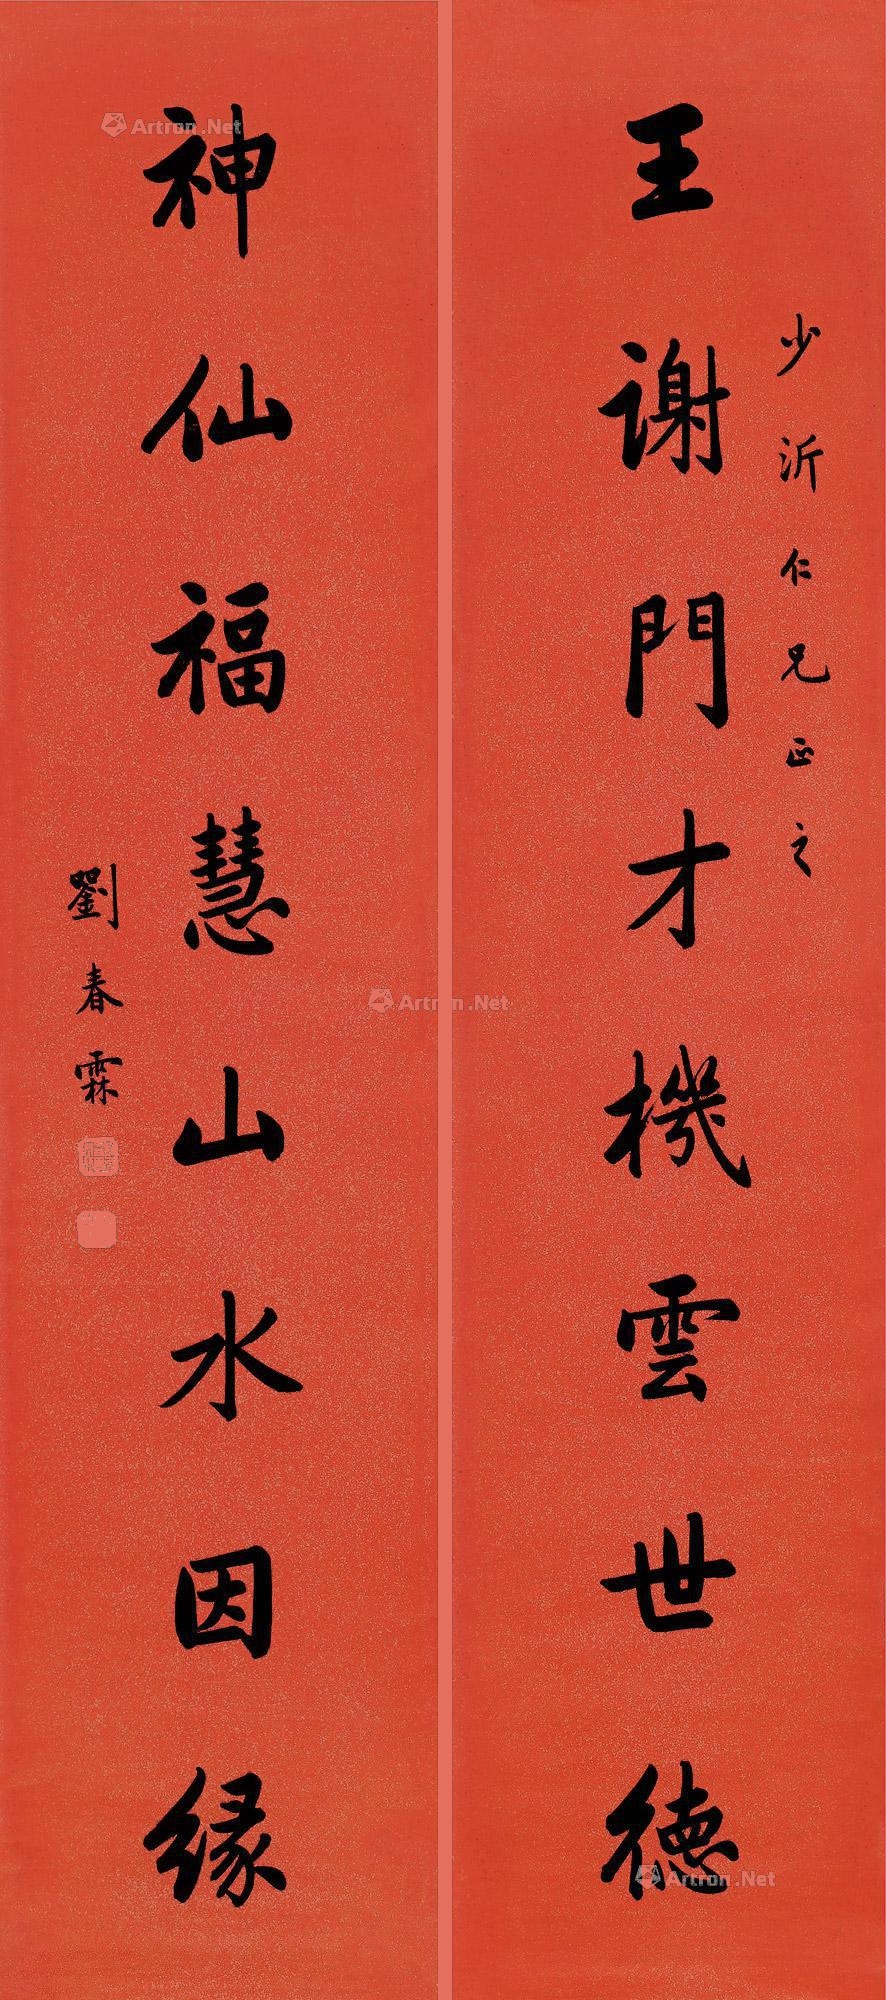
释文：王谢门才机云世德，神仙福慧山水因缘。少沂仁兄正之。刘春霖。